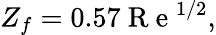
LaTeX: \begin{array}{r}{Z_{f}=0.57\mathrm{~R~e~}^{{1}/{2}},}\end{array}